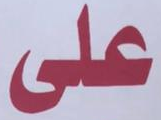
على